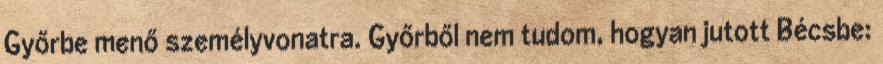
Győrbe menő személyvonatra. Győrből nem tudom, hogyan jutott Bécsbe: